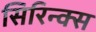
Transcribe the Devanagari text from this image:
सिरिन्क्स